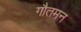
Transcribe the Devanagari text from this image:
गौतमन